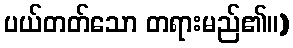
ပယ်တတ်သော တရားမည်၏။)